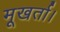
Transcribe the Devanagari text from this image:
मूखर्ता।